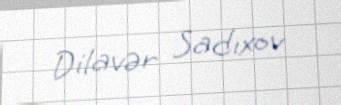
Dilavər Sadıxov